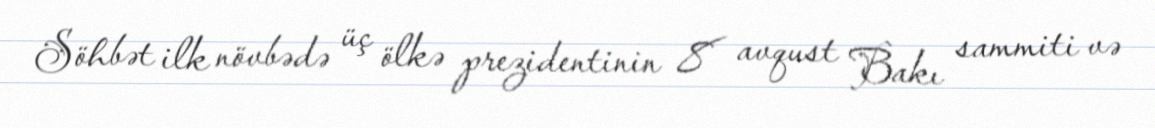
Söhbət ilk növbədə üç ölkə prezidentinin 8 avqust Bakı sammiti və